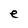
Character: e